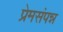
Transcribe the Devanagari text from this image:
प्रेमसंपन्न